Report on vaccination in Madras 1895-1903 - 1895-1903
Year: 1895
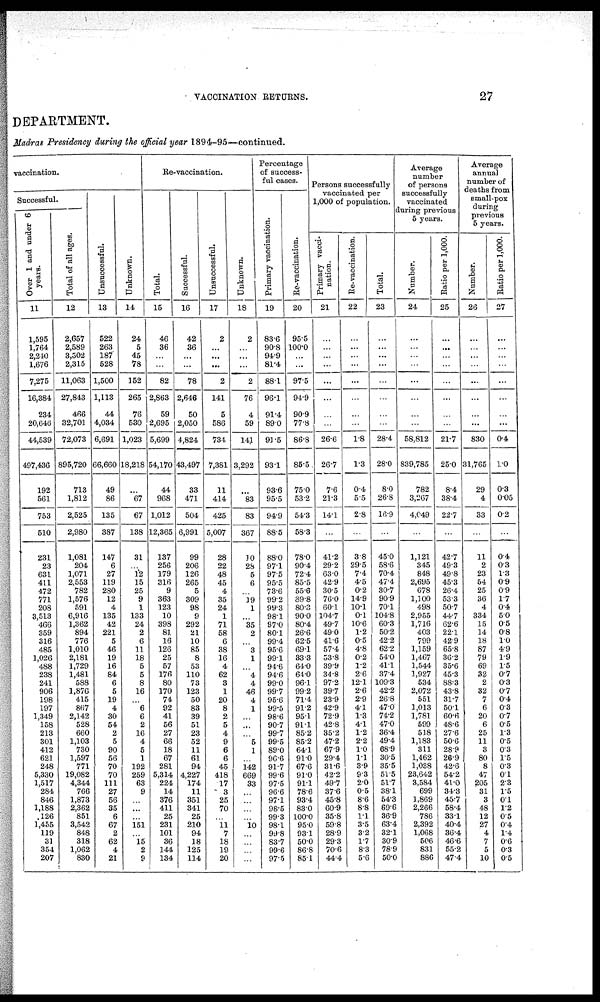
VACCINATION RETURNS.
27
DEPARTMENT.
Madras Presidency during the official year 1894-95—continued.
vaccination.
Successful.
Over 1 and under 6
years.
11
1,595
1,764,
2,240
1,676
7,275
16,384
234
20,646
44,539
497,436
192
561
753
510
231
23
631
411
472
771
208
3,513
466
359
316
485
1,026
488
238
241
906
198
197
1,349
158
213
301
412
621
248
5,330
1,517
284
846
1,188
126
1,455
119
31
354
207
Total of all ages.
12
2,657
2,589
3,502
2,315
11,063
27,843
466
32,701
72,073
895,720
713
1,812
2,525
2,980
1,081
204
1,071
2,553
782
1,576
591
6,916
1,362
894
776
1,010
2,181
1,729
1,481
588
1,876
415
867
2,142
528
660
1,103
730
1,597
771
19,082
4,344
766
1,873
2,362
851
3,542
848
318
1,062
830
Unsuccessful.
13
522
263
187
528
1,500
1,113
44
4,034
6,691
66,660
49
86
135
387
147
6
27
119
280
12
4
135
42
221
5
46
19
16
84
6
5
19
4
30
54
2
5
90
56
70
70
111
27
56
35
6
67
2
62
4
21
Unknown.
14
24
5
45
78
152
265
76
530
1,023
18,218
...
67
67
138
31
...
12
15
25
9
1
133
24
2
6
11
18
5
5
8
16
...
6
6
2
16
4
5
1
192
259
63
9
...
...
...
151
...
15
2
9
Re-vaccination.
Total.
15
46
36
...
...
82
2,863
59
2,695
5,699
54,170
44
968
1,012
12,365
137
256
179
316
9
363
123
10
398
81
16
126
25
57
176
80
170
74
92
41
56
27
66
18
67
281
5,314
224
14
376
411
25
231
101
36
144
134
Successful.
16
42
36
...
...
78
2,646
50
2,050
4,824
43,497
33
471
504
6,991
99
206
126
265
5
309
98
9
292
21
10
85
8
53
110
73
123
50
83
39
51
23
52
11
61
94
4,227
174
11
351
341
25
210
94
18
125
114
Unsuccessful.
17
2
...
...
...
2
141
5
586
734
7,381
11
414
425
5,007
28
22
48
45
4
35
24
1
71
58
6
38
16
4
62
3
1
20
8
2
5
4
9
6
6
45
418
17
3
25
70
...
11
7
18
19
20
Unknown.
18
2
...
...
...
2
76
4
59
141
3,292
...
83
83
367
10
28
5
6
...
19
1
...
35
2
...
3
1
...
4
4
46
4
1
...
...
...
5
1
...
142
669
33
...
...
...
...
10
...
...
...
...
Percentage
of success-
ful cases.
Primary vaccination.
19
83.6
90.8
94.9
81.4
88.1
96.1
91.4
89.0
91.5
93.1
93.6
95.5
94.9
88.5
88.0
97.1
97.5
95.5
73.6
99.2
99.3
98.1
97.0
80.1
99.4
95.6
99.1
94.6
94.6
99.0
99.7
95.6
99.5
98.6
90.7
99.7
99.5
89.0
96.6
91.7
99.6
97.5
96.6
97.1
98.5
99.3
98.1
99.8
83.7
99.6
97.5
Re-vaccination.
20
95.5
100.0
...
...
97.5
94.9
90.9
77.8
86.8
85.5
75.0
53.2
54.3
58.3
78.0
90.4
72.4
85.5
55.6
89.8
80.3
90.0
80.4
26.6
62.5
69.1
33.3
64.0
64.0
96.1
99.2
71.4
91.2
95.1
91.1
85.2
85.2
64.1
91.0
67.6
91.0
91.1
78.6
93.4
83.0
100.0
95.0
93.1
50.0
86.8
85.1
Persons successfully
vaccinated per
1,000 of population.
Primary vacci-
nation.
21
...
...
...
...
...
...
...
...
26.6
26.7
7.6
21.3
14.1
...
41.2
29.2
63.0
42.9
30.5
76.0
60.1
104.7
49.7
49.0
41.6
57.4
53.8
39.9
34.8
97.2
39.7
23.9
42.9
72.9
42.8
35.2
47.2
67.9
29.4
31.6
42.2
49.7
37.6
45.8
60.9
35.8
59.8
28.9
29.3
70.6
44.4
Re-vaccination.
22
...
...
...
...
...
...
...
...
1.8
1.3
0.4
5.5
2.8
...
3.8
29.5
7.4
4.5
0.2
14.9
10.1
0.1
10.6
1.2
0.5
4.8
0.2
1.2
2.6
12.1
2.6
2.9
4.1
1.3
4.1
1.2
2.2
1.0
1.1
3.9
9.3
2.0
0.5
8.6
8.8
1.1
3.5
3.2
1.7
8.3
5.6
Total.
23
...
...
...
...
...
...
...
...
28.4
28.0
8.0
26.8
16.9
...
45.0
58.6
70.4
47.4
30.7
90.9
70.1
104.8
60.3
50.2
42.2
62.2
54.0
41.1
37.4
109.3
42.2
26.8
47.0
74.2
47.0
36.4
49.4
68.9
30.5
35.5
51.5
51.7
38.1
54.3
69.6
36.9
63.4
32.1
30.9
78.9
50.0
Average
number
of persons
successfully
vaccinated
during previous
5 years.
Number.
24
...
...
...
...
...
...
...
...
58,812
839,785
782
3,267
4,049
...
1,121
345
848
2,695
678
1,100
498
2,955
1,716
403
799
1,159
1,467
1,544
1,927
534
2,072
551
1,013
1,781
599
518
1,183
311
1,462
1,038
23,642
3,584
699
1,869
2,266
786
2,392
1,068
506
831
886
Ratio per 1,000.
25
...
...
...
...
...
...
...
...
21.7
25.0
8.4
38.4
22.7
...
42.7
49.3
49.8
45.3
26.4
53.3
50.7
44.7
62.6
22.1
42.9
65.8
36.2
35.6
45.3
88.3
43.8
31.7
50.1
60.6
48.6
27.6
50.6
28.9
26.9
42.6
54.2
41.0
34.3
45.7
58.4
33.1
40.4
36.4
46.6
55.2
47.4
Average
annual
number of
deaths from
small-pox
during
previous
5 years.
Number.
26
...
...
...
...
...
...
...
...
830
31,765
29
4
33
...
11
2
23
54
25
36
4
334
15
14
18
87
79
69
32
2
32
7
6
20
6
25
11
3
80
8
47
205
31
3
48
12
27
4
7
5
10
Ratio per 1,000.
27
...
...
...
...
...
...
...
...
0.4
1.0
0.3
0.05
0.2
...
0.4
0.3
1.3
0.9
0.9
1.7
0.4
5.0
0.5
0.8
1.0
4.9
1.9
1.5
0.7
0.3
0.7
0.4
0.3
0.7
0.5
1.3
0.5
0.3
1.5
0.3
0.1
2.3
1.5
0.1
1.2
0.5
0.4
1.4
0.6
0.3
0.5